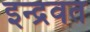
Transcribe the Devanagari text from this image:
इन्द्रवत